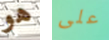
هو على